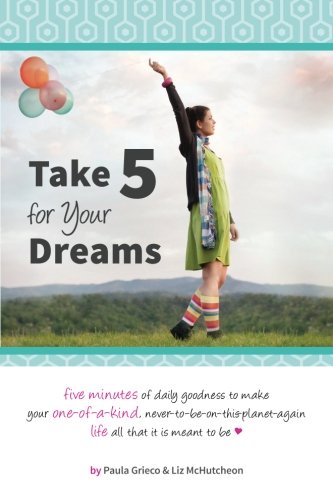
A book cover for Take 5 for Your Dreams; Paula Grieco; Self-Help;